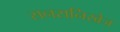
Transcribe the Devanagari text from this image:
सनसनिखेज